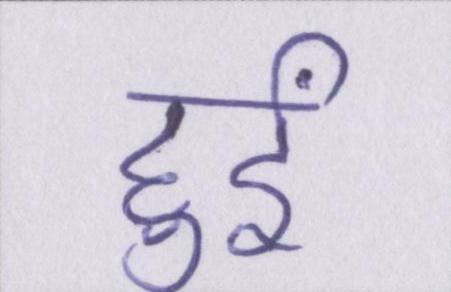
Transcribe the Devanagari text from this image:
हुईं